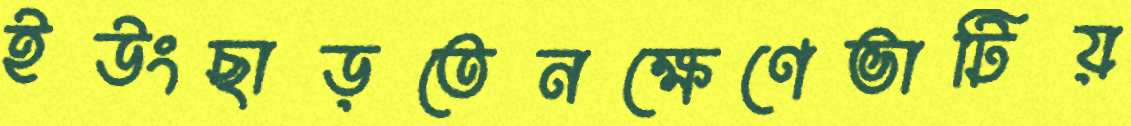
ইউংছাড়তেনক্ষেণেভাটিয়